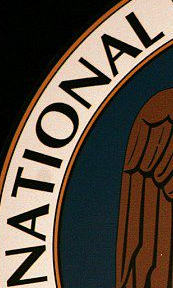
NATIONAL